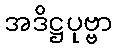
အဒိဋ္ဌပုဗ္ဗာ